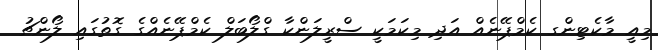
މިއީ މާކެޓިންގ ކެމްޕޭނެއް އަދި މިކަމަކީ ސްރީލަންކާ ގްލޯބަލް ކެމްޕޭނެއްގެ ގޮތުގައި ލޯންޗު